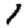
Digit: 1